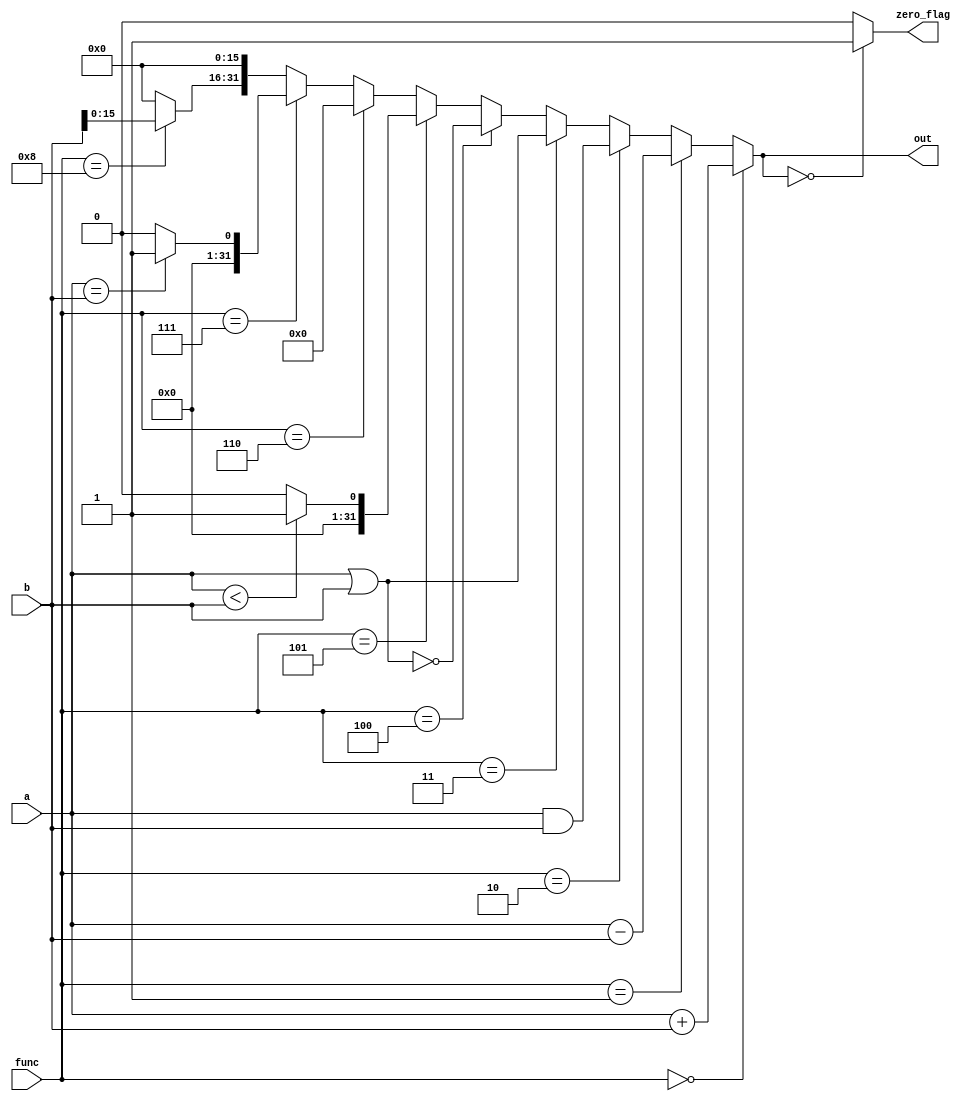
`timescale 1ns / 1ns


module ALU(
    a,
    b,
	 func,
    out,
    zero_flag
    );


	 parameter size = 32;
	 
    input [size-1:0] a;
    input [size-1:0] b;
	 input [3:0] func;
    output reg [size-1:0] out;
    output reg zero_flag;
	 
	 	
	always @(*) begin
	case (out) 
	0: zero_flag = 1'b1;
	default: zero_flag = 1'b0;
	endcase
	end
	
	always @(*) begin
		if (func == 4'd0) 
		  out = a+b;                      // add/addi/mov
		else if (func == 4'd1)
		  out = a-b;                      // sub/subi
		else if (func == 4'd2)
		  out = a&b;                      // and/andi
		else if (func == 4'd3)
		  out = a|b;                      // or/ori
		else if (func == 4'd4)
		  out = ~(a|b);                   // nor/not
		else if (func == 4'd5)
		  out = (a < b) ? 1'b1 : 1'b0;    // slt/slti
		else if (func == 4'd6)
		  out = 0;                        // branch
		else if (func == 4'd7)
		  out = (a == b) ? 1'b1 : 1'b0;   // bne
		else if (func == 4'd8) begin
		  out[size-1:size-16] = b;        // lui
		  out[size-17:0] = 16'd0;
		end else
		  out = 0;
   end



endmodule